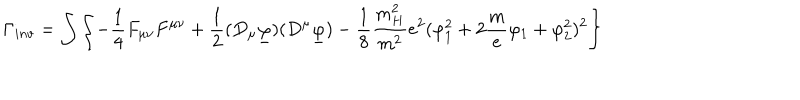
LaTeX: \Gamma _ { i n v } = \int \left\{ - \frac { 1 } { 4 } F _ { \mu \nu } F ^ { \mu \nu } + \frac { 1 } { 2 } ( D _ { \mu } \underline { { \varphi } } ) ( D ^ { \mu } \underline { { \varphi } } ) - \frac { 1 } { 8 } \frac { m _ { H } ^ { 2 } } { m ^ { 2 } } e ^ { 2 } ( \varphi _ { 1 } ^ { 2 } + 2 \frac m e \varphi _ { 1 } + \varphi _ { 2 } ^ { 2 } ) ^ { 2 } \right\}